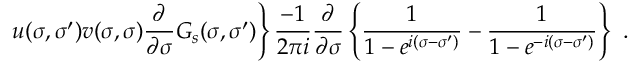
\left. u ( \sigma , \sigma ^ { \prime } ) v ( \sigma , \sigma ) \frac { \partial } { \partial \sigma } { \cal G } _ { s } ( \sigma , \sigma ^ { \prime } ) \right\} \frac { - 1 } { 2 \pi i } \frac { \partial } { \partial \sigma } \left\{ \frac 1 { 1 - e ^ { i ( \sigma - \sigma ^ { \prime } ) } } - \frac 1 { 1 - e ^ { - i ( \sigma - \sigma ^ { \prime } ) } } \right\} \, \, .